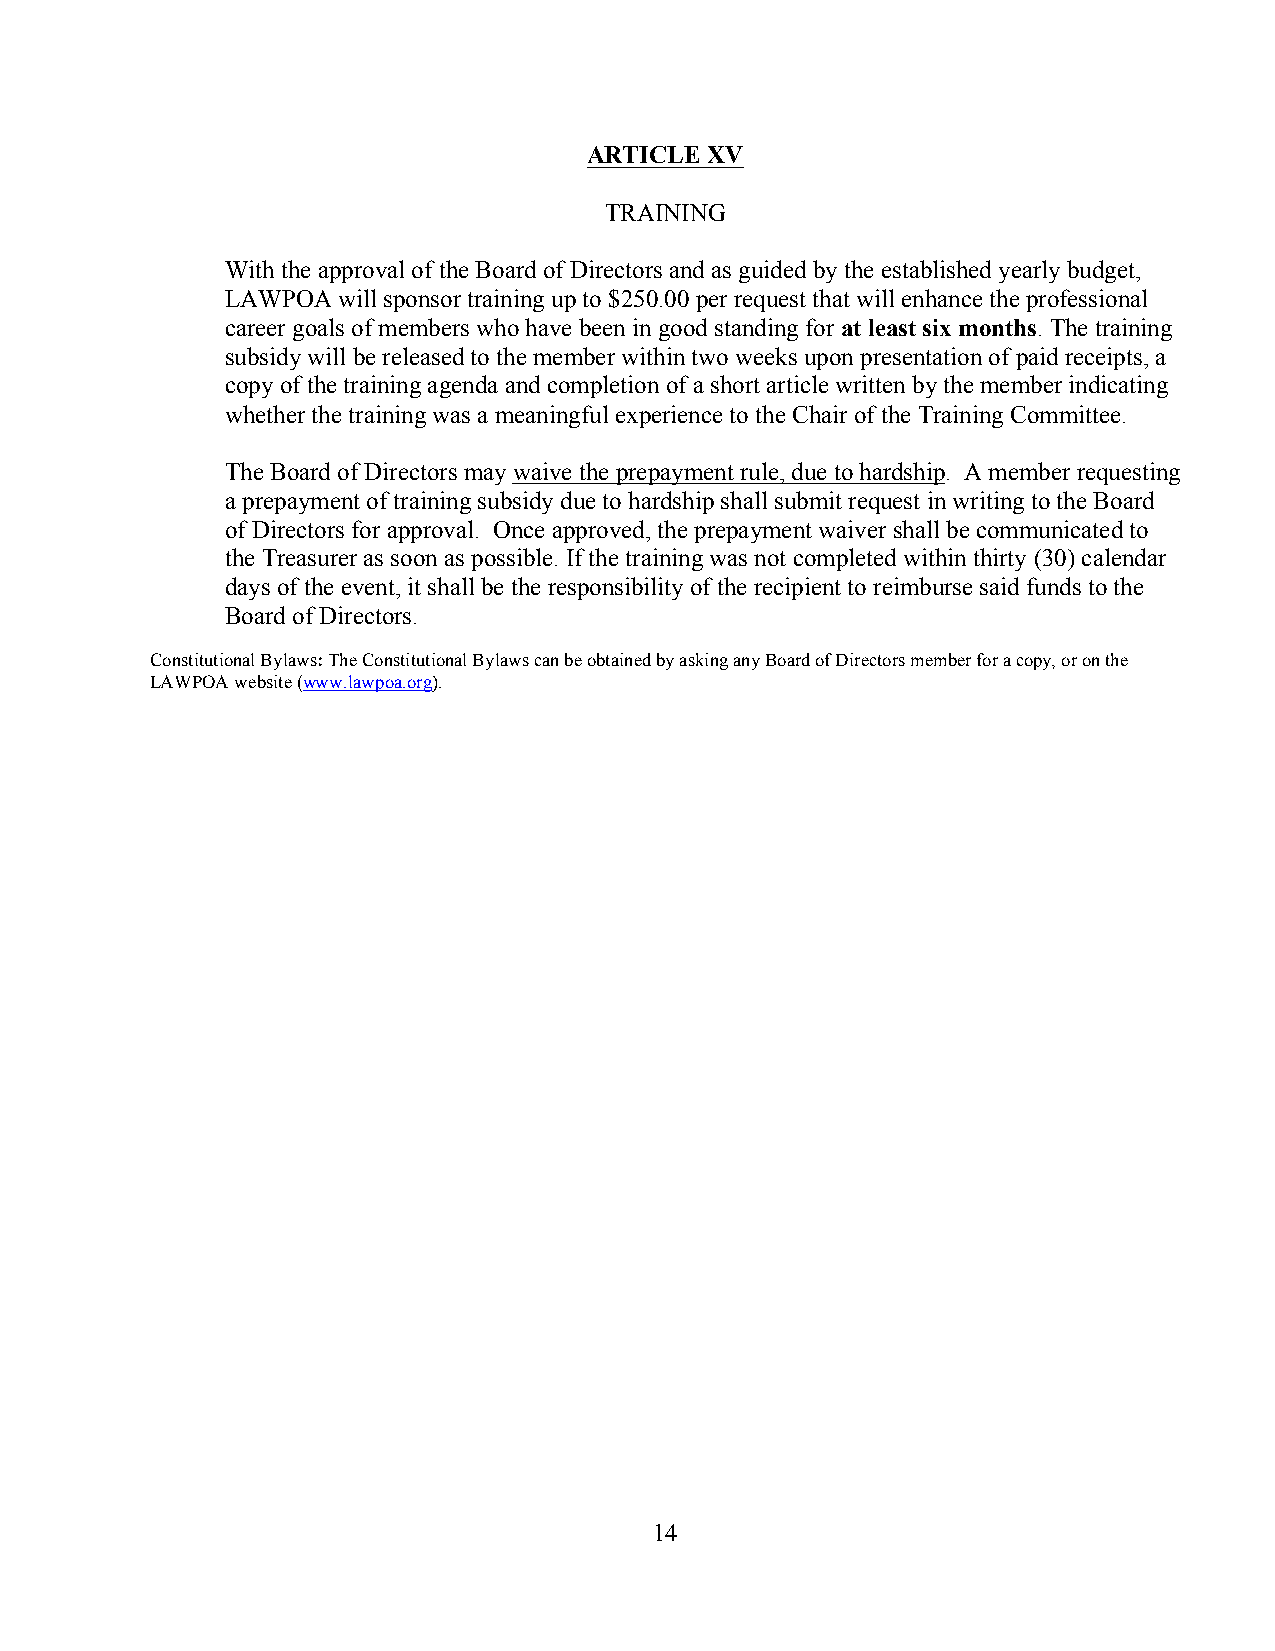
ARTICLE XV
 TRAINING
 With the approval of the Board of Directors and as guided by the established yearly budget,
 LAWPOA will sponsor training up to $250.00 per request that will enhance the professional
 career goals of members who have been in good standing for at least six months. The training
 subsidy will be released to the member within two weeks upon presentation of paid receipts, a
 copy of the training agenda and completion of a short article written by the member indicating
 whether the training was a meaningful experience to the Chair of the Training Committee.
 The Board of Directors may waive the prepayment rule, due to hardship. A member requesting
 a prepayment of training subsidy due to hardship shall submit request in writing to the Board
 of Directors for approval. Once approved, the prepayment waiver shall be communicated to
 the Treasurer as soon as possible. If the training was not completed within thirty (30) calendar
 days of the event, it shall be the responsibility of the recipient to reimburse said funds to the
 Board of Directors.
 Constitutional Bylaws: The Constitutional Bylaws can be obtained by asking any Board of Directors member for a copy, or on the
 LAWPOA website (www.lawpoa.org).
 14